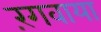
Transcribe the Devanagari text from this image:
रंगवाया